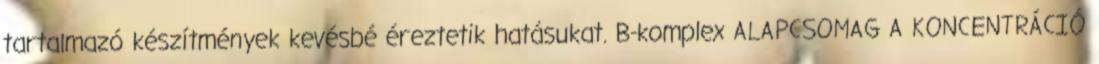
tartalmazó készítmények kevésbé éreztetik hatásukat. B-komplex ALAPCSOMAG A KONCENTRÁCIÓ